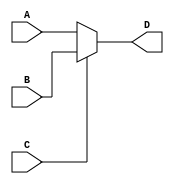
 module m1(C, A, B, D);
 input A, B, C;
 output D;
 assign D=C? B: A;
 endmodule
 
 module test2;
 reg a, b, c;
 wire d;
 m1 g1( c, a, b, d);
initial begin
 $dumpfile( "mux.vcd" );
 $dumpvars( 0, test2);
 $display( "S\tA\tB\tR" );
 $monitor( "%b\t%b\t%b\t%b" , c, a, b, d);
 a= 0; b= 0; c= 0;
 #10a= 0; b= 0; c= 1;
 #10a= 0; b= 1; c= 0;
 #10a= 0; b= 1; c= 1;
 #10a= 1; b= 0; c= 0;
 #10a= 1; b= 0; c= 1;
 #10a= 1; b= 1; c= 0;
 #10a= 1; b= 1; c= 1;
#10 $finish;
end
endmodule